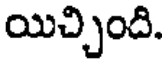
యిచ్చింది.